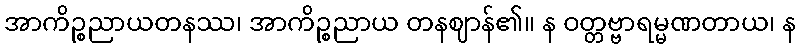
အာကိဉ္စညာယတနဿ၊ အာကိဉ္စညာယ တနဈာန်၏။ န ဝတ္တဗ္ဗာရမ္မဏတာယ၊ န